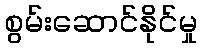
စွမ်းဆောင်နိုင်မှု